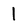
Character: l